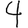
Digit: 4